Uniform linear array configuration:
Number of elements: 12
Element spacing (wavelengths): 1
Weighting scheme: blackman
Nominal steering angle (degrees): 15
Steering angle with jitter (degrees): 14.732
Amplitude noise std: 0.05
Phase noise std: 0.05

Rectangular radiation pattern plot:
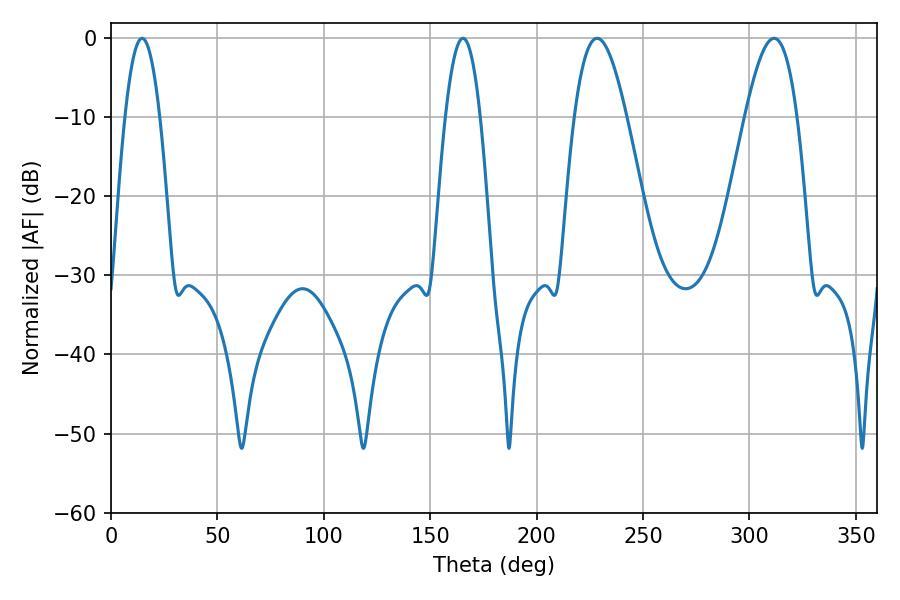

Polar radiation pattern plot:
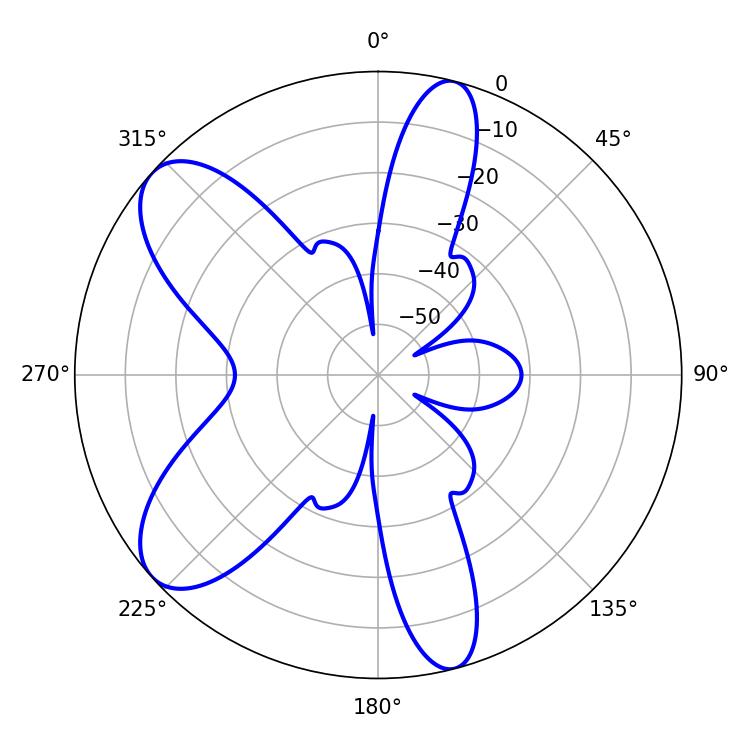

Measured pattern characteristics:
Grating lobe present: TRUE
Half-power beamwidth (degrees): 13.14
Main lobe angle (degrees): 311.58